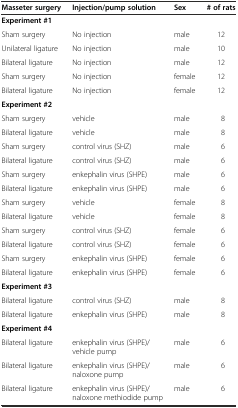
<table><thead><tr><td><b>Masseter surgery</b></td><td><b>Injection/pump solution</b></td><td><b>Sex</b></td><td><b># of rats</b></td></tr></thead><tbody><tr><td><b>Experiment #1</b></td><td></td><td></td><td></td></tr><tr><td>Sham surgery</td><td>No injection</td><td>male</td><td>12</td></tr><tr><td>Unilateral ligature</td><td>No injection</td><td>male</td><td>10</td></tr><tr><td>Bilateral ligature</td><td>No injection</td><td>male</td><td>12</td></tr><tr><td>Sham surgery</td><td>No injection</td><td>female</td><td>12</td></tr><tr><td>Bilateral ligature</td><td>No injection</td><td>female</td><td>12</td></tr><tr><td><b>Experiment #2</b></td><td></td><td></td><td></td></tr><tr><td>Sham surgery</td><td>vehicle</td><td>male</td><td>8</td></tr><tr><td>Bilateral ligature</td><td>vehicle</td><td>male</td><td>8</td></tr><tr><td>Sham surgery</td><td>control virus (SHZ)</td><td>male</td><td>6</td></tr><tr><td>Bilateral ligature</td><td>control virus (SHZ)</td><td>male</td><td>6</td></tr><tr><td>Sham surgery</td><td>enkephalin virus (SHPE)</td><td>male</td><td>6</td></tr><tr><td>Bilateral ligature</td><td>enkephalin virus (SHPE)</td><td>male</td><td>6</td></tr><tr><td>Sham surgery</td><td>vehicle</td><td>female</td><td>8</td></tr><tr><td>Bilateral ligature</td><td>vehicle</td><td>female</td><td>8</td></tr><tr><td>Sham surgery</td><td>control virus (SHZ)</td><td>female</td><td>6</td></tr><tr><td>Bilateral ligature</td><td>control virus (SHZ)</td><td>female</td><td>6</td></tr><tr><td>Sham surgery</td><td>enkephalin virus (SHPE)</td><td>female</td><td>6</td></tr><tr><td>Bilateral ligature</td><td>enkephalin virus (SHPE)</td><td>female</td><td>6</td></tr><tr><td><b>Experiment #3</b></td><td></td><td></td><td></td></tr><tr><td>Bilateral ligature</td><td>control virus (SHZ)</td><td>male</td><td>8</td></tr><tr><td>Bilateral ligature</td><td>enkephalin virus (SHPE)</td><td>male</td><td>8</td></tr><tr><td><b>Experiment #4</b></td><td></td><td></td><td></td></tr><tr><td>Bilateral ligature</td><td>enkephalin virus (SHPE)/ vehicle pump</td><td>male</td><td>6</td></tr><tr><td>Bilateral ligature</td><td>enkephalin virus (SHPE)/ naloxone pump</td><td>male</td><td>6</td></tr><tr><td>Bilateral ligature</td><td>enkephalin virus (SHPE)/ naloxone methiodide pump</td><td>male</td><td>6</td></tr></tbody></table>